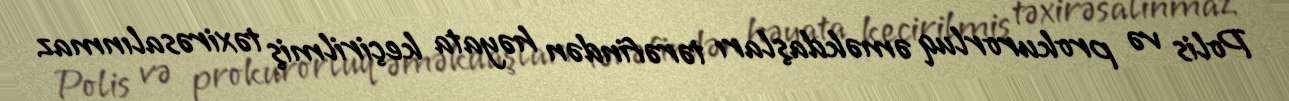
Polis və prokurorluq əməkdaşları tərəfindən həyata keçirilmiş təxirəsalınmaz